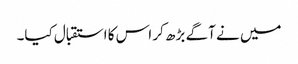
میں نے آگے بڑھ کر اس کا استقبال کیا۔